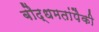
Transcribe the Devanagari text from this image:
बौद्धमतांपैकी